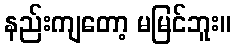
နည်းကျတော့ မမြင်ဘူး။